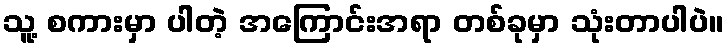
သူ့ စကားမှာ ပါတဲ့ အကြောင်းအရာ တစ်ခုမှာ သုံးတာပါပဲ။